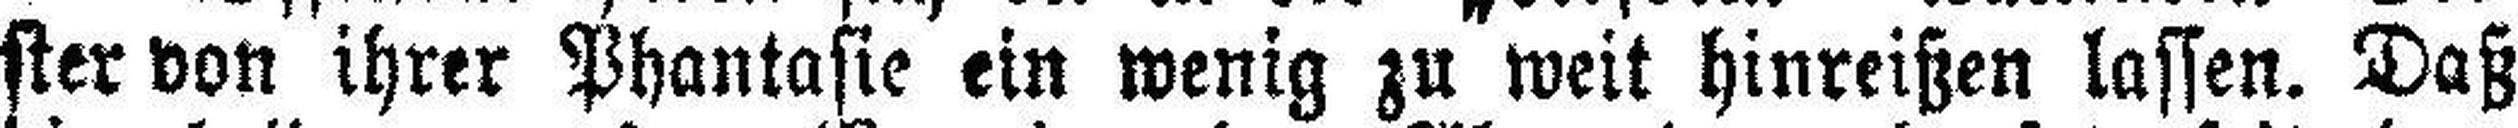
ster von ihrer Phantasie ein wenig zu weit hinreißen lassen. Daß